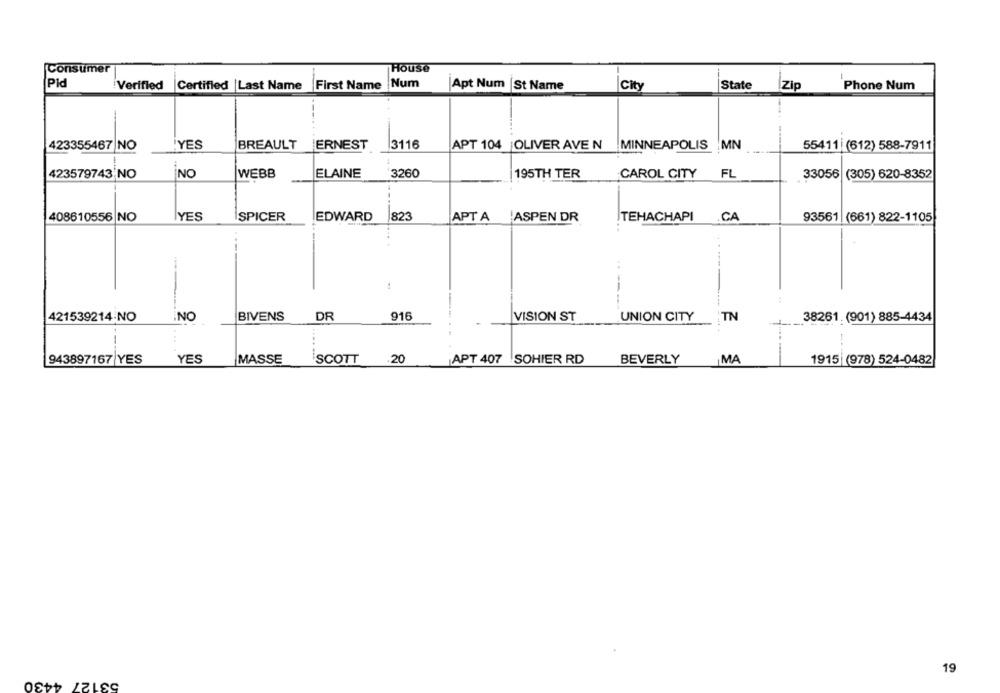
Consumer
House
Pid
Verified
Certified |Last Name
First Name
Num
Apt Num |St Name
City
State
Zip
Phone Num
423355467 NO
YES
BREAULT
ERNEST
3116
APT 104 |OLIVER AVE N
MINNEAPOLIS MN
55411| (612) 588-7911
NO
ELAINE
FL
423579743 NO
WEBB
3260
195TH TER
CAROL CITY
33056 (305) 620-8352
408610556 NO
İYES
SPICER
EDWARD
823
APT A
ASPEN DR
TEHACHAPI
CA
93561 (661) 822-1105
---
421539214:NO
NO
BIVENS
DR
916
VISION ST
UNION CITY
:TN
38261. (901) 885-4434
943897167 YES
YES
MASSE
SCOTT
.20
APT 407 SOHIER RD
BEVERLY
1915 (978) 524-0482
MA
19
53127 4430